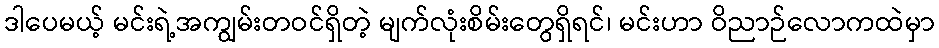
ဒါပေမယ့် မင်းရဲ့အကျွမ်းတဝင်ရှိတဲ့ မျက်လုံးစိမ်းတွေရှိရင်၊ မင်းဟာ ဝိညာဉ်လောကထဲမှာ